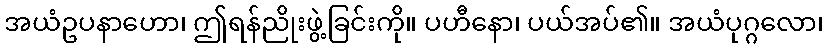
အယံဥပနာဟော၊ ဤရန်ညိုးဖွဲ့ခြင်းကို။ ပဟီနော၊ ပယ်အပ်၏။ အယံပုဂ္ဂလော၊